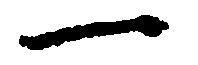
一